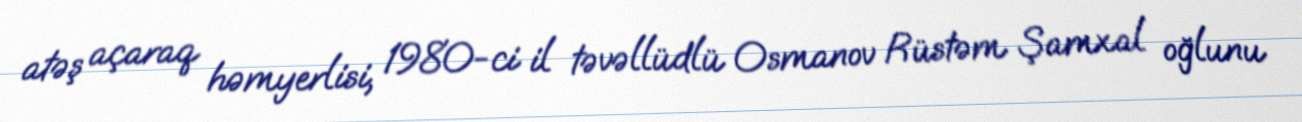
atəş açaraq həmyerlisi, 1980-ci il təvəllüdlü Osmanov Rüstəm Şamxal oğlunu